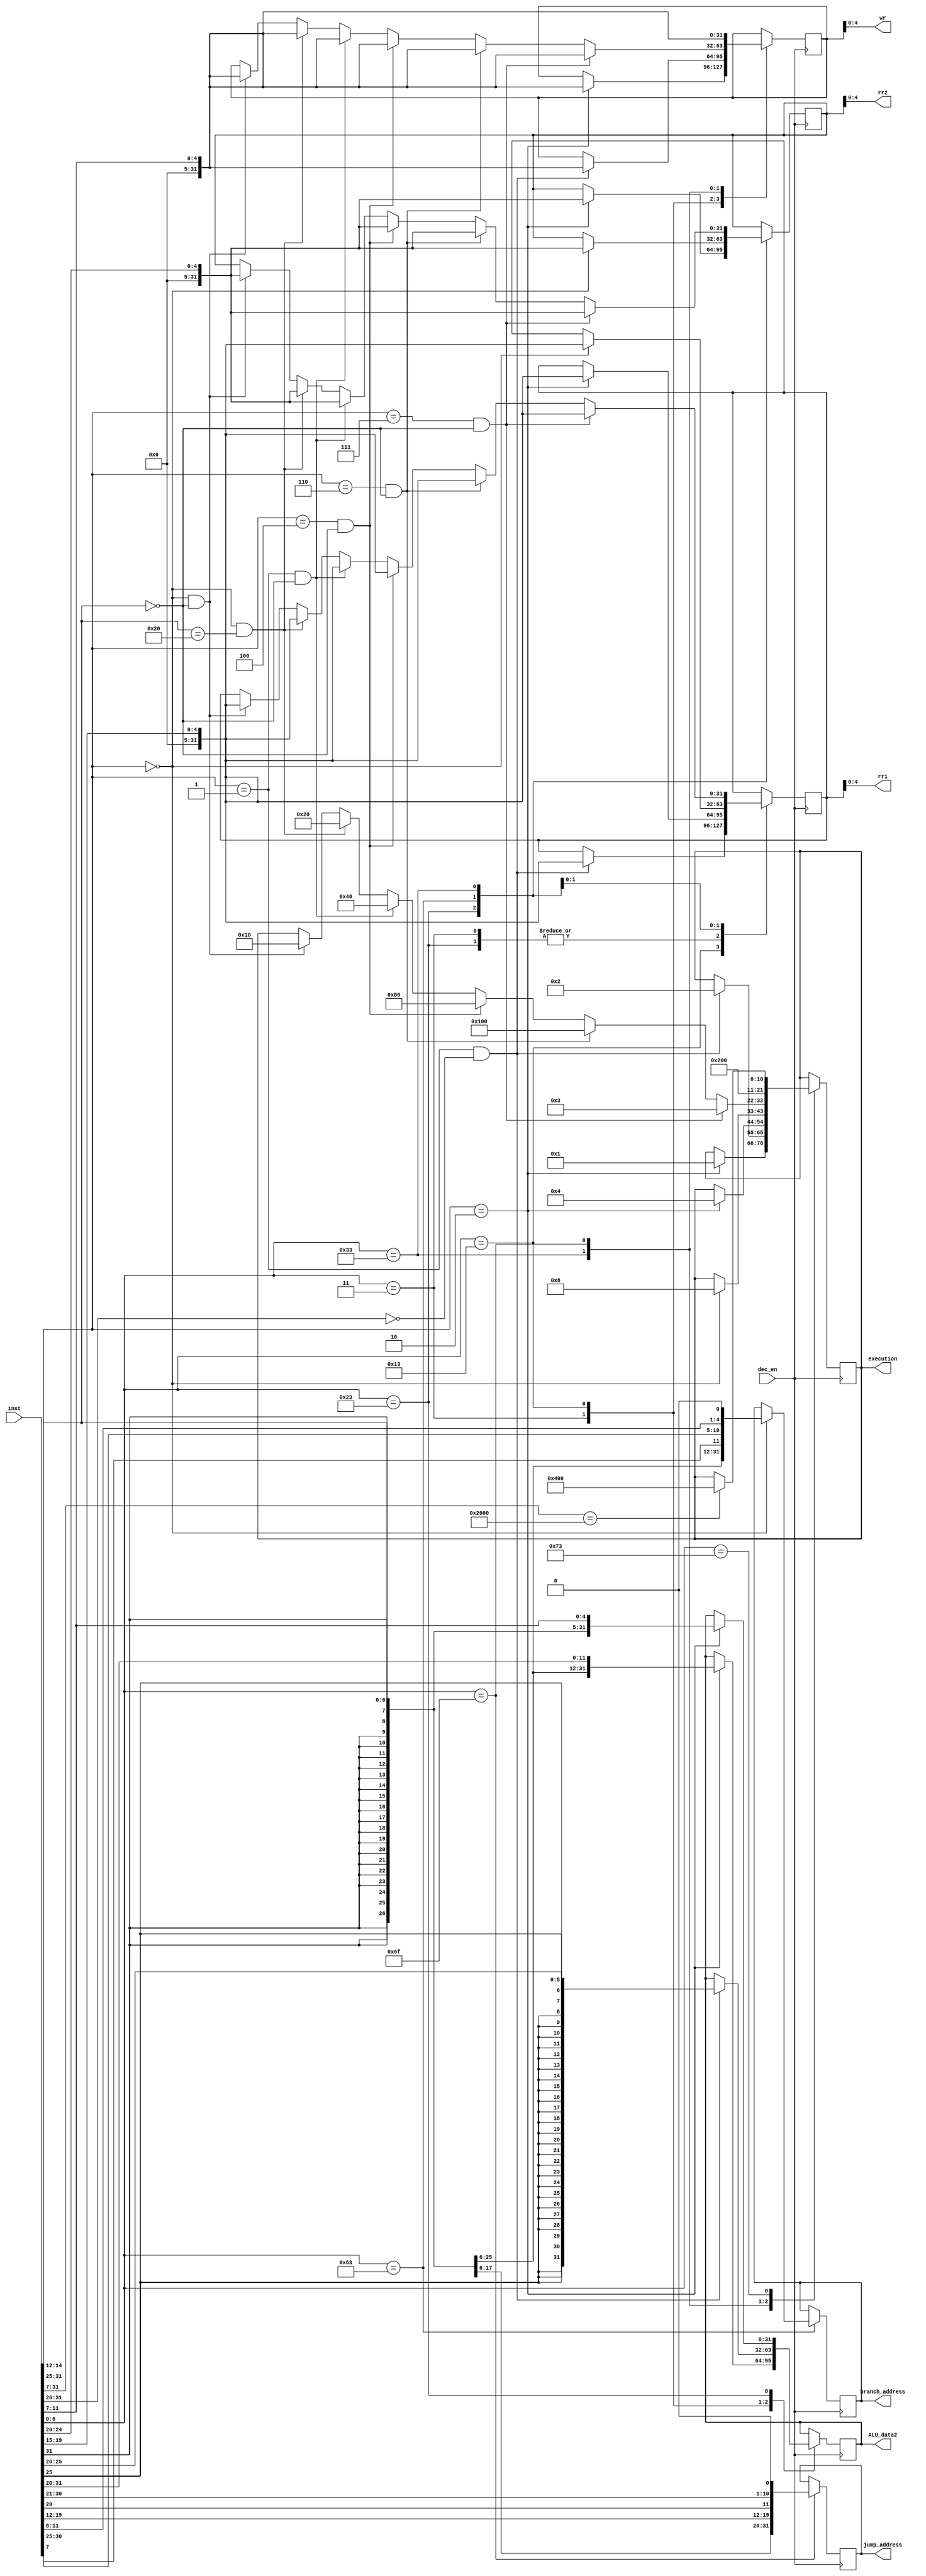
module inst_decoder(input[31:0] inst, input dec_en, output[4:0] rr1, output[4:0] rr2, output[4:0] wr, output[31:0] ALU_data2, output[31:0] branch_address,
output[31:0] jump_address, output[10:0] execution );
   // I---LW, ld rd, rs1, imm
   // 12bit-immediate | 5bit-rs1 | 3bit-funct | 5bit-rd | 7bit-opcode 
   //load word :           LW     32'b?????????????????010?????0000011    I1

   // I---SLLI, slli rd, imm(rs1)  shift rd to left by [imm+(value of rs1)] bits
   // 6bit-funct | 6bit-immediate | 5bit-rs1 | 3bit-funct | 5bit-rd | 7bit-opcode 
   //Shift Left imediate:  SLLI,  32'b000000???????????001?????0010011    I2

   // S, sw rs1,rs2,imm, store the value in rs2 to the address [(value of rs1)+imm] of data_RAM
   //imm[11:5] | rs2 | rs1 | funct3 | imm[4:0] | opcode
   //store word:           SW     32'b?????????????????010?????0100011    S1
   //SB, imm[12]|imm[10:5]|rs2|rs1|imm[4:1]|imm[11]|opcode
   //Branch equal:         BEQ    32'b?????????????????000?????1100011    S2   if rs1==rs2,  branch to imm

   //R, sll rd, rs1, rs2       shift the value of rs1 by (value of rs2) bits and reture the shifted value to rd
   // 7-bit funct | 5bit-rs2 | 5bit-rs1 | 3bit-funct | 5-bit rd | 7-bit opcode |
   //                      ADD    32'b0000000??????????000?????0110011    R
   //                      SUB    32'b0100000??????????000?????0110011    R
   //Shift Left:           SLL    32'b0000000??????????001?????0110011    R
   //                      XOR    32'b0000000??????????100?????0110011    R
   //                       OR    32'b0000000??????????110?????0110011    R
	//	Instruction added for Milestone 2:						
   // 	                  AND 	 32'b0000000??????????111?????0110011	  R
   //UJ, JAL, jal rd, imm, 
   // imm[20]| imm[10:1] | imm[11] | imm[19:12] | rd | opcode
   //                      JAL    32'b?????????????????????????1101111   UJ
   // system            EBREAK    32'b00000000000100000000000001110011   HALT system
    parameter     I1=7'b0000011;  
    parameter     I2=7'b0010011;
    parameter     S1=7'b0100011;
    parameter     S2=7'b1100011;
    parameter      R=7'b0110011;
    parameter     UJ=7'b1101111;
    parameter     SH=7'b1110011;

    parameter     LW=11'b00000000001;
    parameter   SLLI=11'b00000000010;
    parameter     SW=11'b00000000100;
    parameter    BEQ=11'b00000001000;
    parameter    ADD=11'b00000010000;
    parameter    SUB=11'b00000100000;
    parameter    SLL=11'b00001000000;
    parameter    XOR=11'b00010000000;
    parameter     OR=11'b00100000000;
	 parameter 	  AND=11'b00000000011;	//AND code is 0011000000000
    parameter    JAL=11'b01000000000;
    parameter   HALT=11'b10000000000;
    reg[31:0] rr1_r, rr2_r, wr_r, branch_address_r, jump_address_r, ALU_data2_r;
    reg[10:0] execution_r;
    assign execution=execution_r;
    assign ALU_data2=ALU_data2_r;
    assign rr1=rr1_r;
    assign rr2=rr2_r;
    assign wr=wr_r;
    assign branch_address=branch_address_r;
    assign jump_address=jump_address_r;
    always @(posedge dec_en)
        begin
           case(inst[6:0])
             I1:
                begin
                  if (inst[14:12]==3'b010)
                     begin
                       execution_r<=LW;             //command for control to generate corresponding control signal
                       ALU_data2_r<={{21{inst[31]}},inst[30:20]}; // imm address for ALU to add to rd1 from the register file, concatenating the extened sign bit with the orignal value to a 32bit imm value
                       rr1_r<=inst[19:15];  //rd1 index
                       wr_r<=inst[11:7];   // target register index
                     end
                end
             I2:
                begin
                  if ((inst[14:12]==3'b001)&&(inst[31:26]==6'b000000))
                     begin
                       execution_r<=SLLI;
                       ALU_data2_r<={{27{inst[25]}},inst[24:20]}; // 32bit value for ALU input to shift the other input
                       rr1_r<=inst[19:15];
                       wr_r<=inst[11:7];   // target register index
                     end
                end
             S1:
                begin
                  if (inst[14:12]==3'b010)
                     begin
                       execution_r<=SW;
                       ALU_data2_r<={{21{inst[31]}},inst[30:25],inst[11:7]}; // 32bit value for ALU input to shift the other input
                       rr1_r<=inst[19:15];
                       rr2_r<=inst[24:20];   // register index to find the value to be stored
                     end
                end
             S2:
                begin
                  if (inst[14:12]==3'b000)
                     begin
                       execution_r<=BEQ;
                       branch_address_r<={{20{inst[31]}},inst[7],inst[30:25],inst[11:8],1'b0}; // 32bit value for ALU input to shift the other input
                       rr1_r<=inst[19:15];
                       rr2_r<=inst[24:20];   // register index to find the value to be stored
                     end
                end
             R:
                begin
                  if ((inst[14:12]==3'b000)&&(inst[31:25]==7'b0000000))
                     begin
                       execution_r<=ADD;
                       rr1_r<=inst[19:15];
                       rr2_r<=inst[24:20];   
                       wr_r<=inst[11:7];
                     end
                  if ((inst[14:12]==3'b000)&&(inst[31:25]==7'b0100000))
                     begin
                       execution_r<=SUB;
                       rr1_r<=inst[19:15];
                       rr2_r<=inst[24:20];   
                       wr_r<=inst[11:7];
                     end
                  if ((inst[14:12]==3'b001)&&(inst[31:25]==7'b0000000))
                     begin
                       execution_r<=SLL;
                       rr1_r<=inst[19:15];
                       rr2_r<=inst[24:20];   
                       wr_r<=inst[11:7];
                     end
                  if ((inst[14:12]==3'b100)&&(inst[31:25]==7'b0000000))
                     begin
                       execution_r<=XOR;
                       rr1_r<=inst[19:15];
                       rr2_r<=inst[24:20];  
                       wr_r<=inst[11:7];
                     end
                  if ((inst[14:12]==3'b110)&&(inst[31:25]==7'b0000000))
                     begin
                       execution_r<=OR;
                       rr1_r<=inst[19:15];
                       rr2_r<=inst[24:20]; 
                       wr_r<=inst[11:7];
                     end
						if ((inst[14:12]==3'b111)&&(inst[31:25]==7'b0000000))
                    begin
                       execution_r<=AND;				//added 111 Funct3 for AND operation
                       rr1_r<=inst[19:15];			//AND    32'b0000000??????????111?????0110011    R
                       rr2_r<=inst[24:20]; 
                       wr_r<=inst[11:7];
                    end
                end
             UJ:
                begin
                       execution_r<=JAL;  //imm[20]| imm[10:1] | imm[11] | imm[19:12] | rd | opcode
                       jump_address_r<={{12{inst[31]}},inst[19:12],inst[20],inst[30:21],1'b0}; // 32bit jump address
                       wr_r<=inst[11:7];
                end
             SH:
                begin
                  if (inst[31:7]==25'b0000000000010000000000000)
                     begin
                       execution_r<=HALT;  //imm[20]| imm[10:1] | imm[11] | imm[19:12] | rd | opcode
                     end
                end
           endcase
        end
endmodule
//Mar. 2, Y. Zhao, EECS2021, YorkU